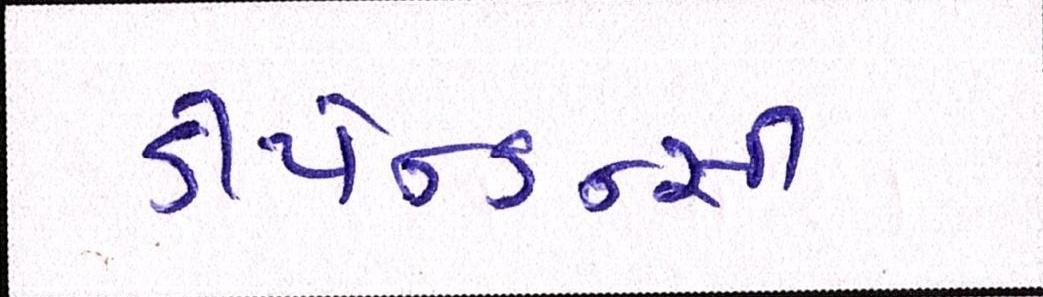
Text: ડીપેન્ડન્સી